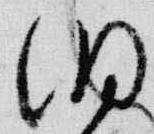
洞